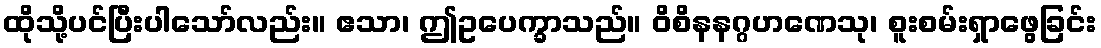
ထိုသို့ပင်ပြီးပါသော်လည်း။ ဧသာ၊ ဤဥပေက္ခာသည်။ ဝိစိနနဂ္ဂဟဏေသု၊ စူးစမ်းရှာဖွေခြင်း